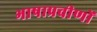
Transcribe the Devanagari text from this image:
भाषाप्रवीणों